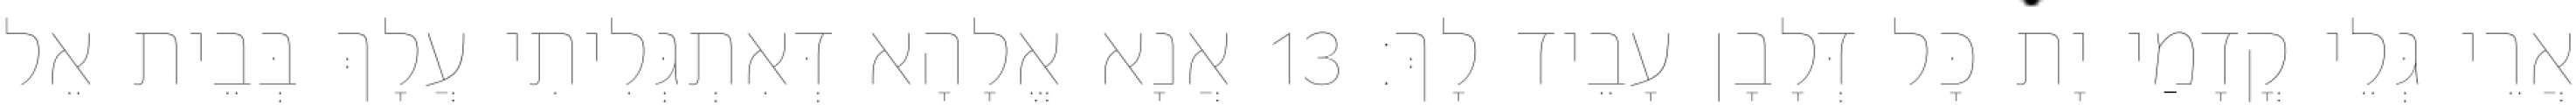
אֲרֵי גְּלֵי קֳדָמַי יָת כָּל דְּלָבָן עָבֵיד לָךְ׃ 13 אֲנָא אֱלָהָא דְּאִתְגְּלִיתִי עֲלָךְ בְּבֵית אֵל